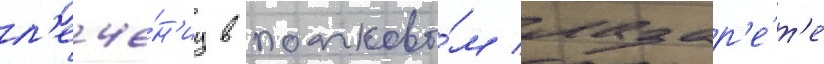
л'ече́н'иу в полково́м лазар'е́т'е